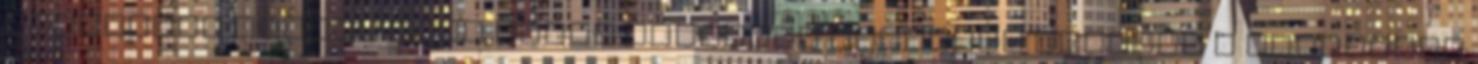
különböző Bálint nevű szent vértanút tartanak nyilván A katolikus